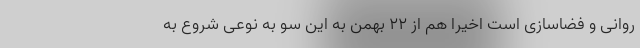
روانی و فضاسازی است اخیرا هم از 22 بهمن به این سو به نوعی شروع به